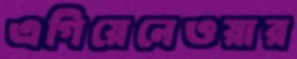
এগিয়েনেওয়ার